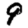
Digit: 9